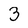
Character: 3